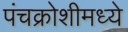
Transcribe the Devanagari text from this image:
पंचक्रोशीमध्ये